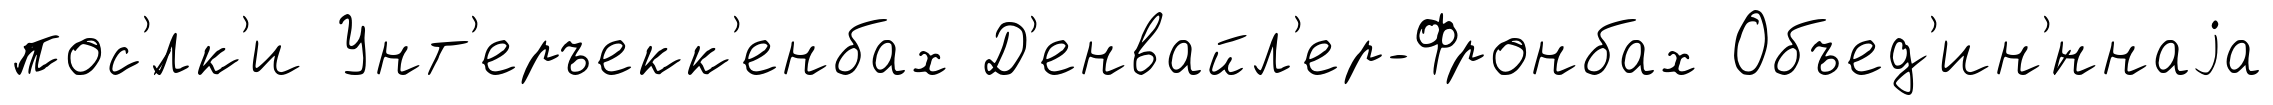
пос'́лк'и Унт'еръекк'енбах Д'енвайл'ер-Фронбах Объед'ин'́ннаjа